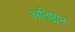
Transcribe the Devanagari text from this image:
अतिष्ठान